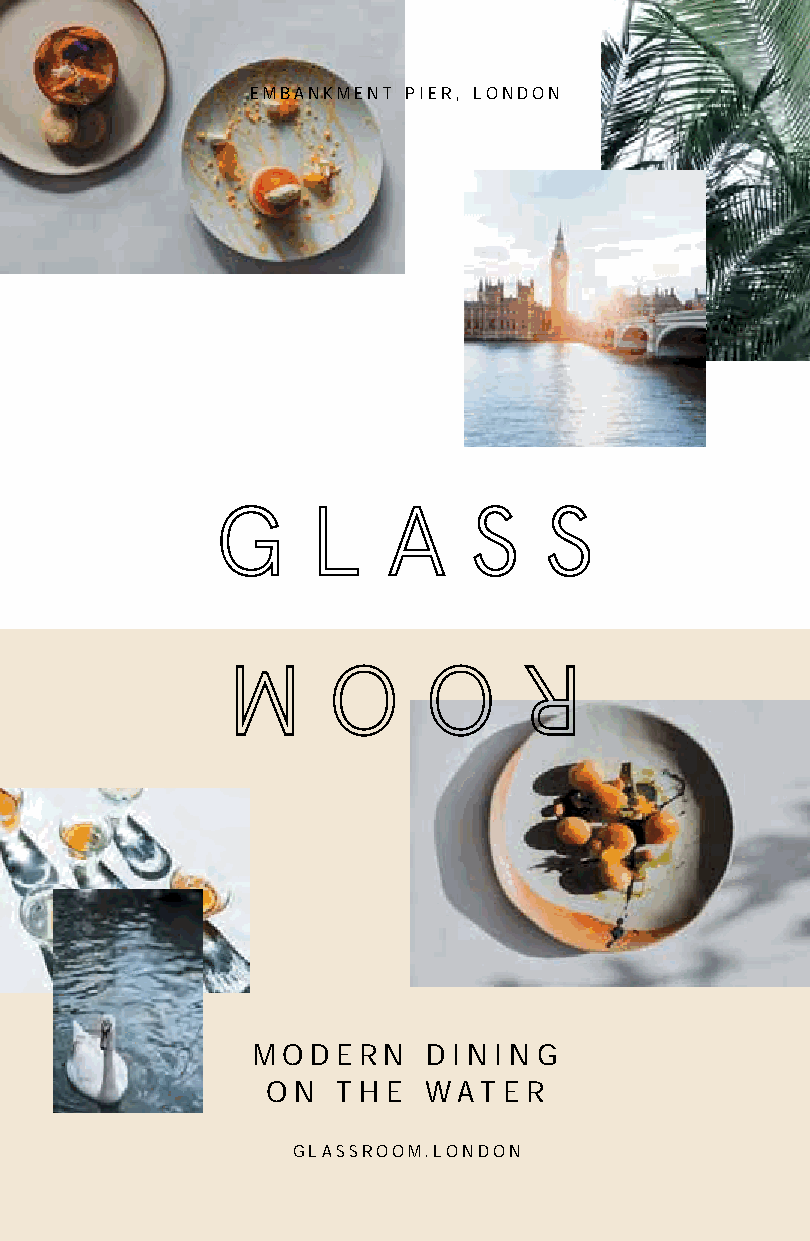
EMBANKMENT PIER, LONDON
 M O D E RN D I N I N G
 O N T H E WAT  E R
 GLASSROOM.LONDON